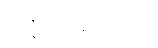
ပုဏ္ဏသမာဂတံ